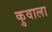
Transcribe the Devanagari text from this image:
कुवाला